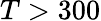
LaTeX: T>300